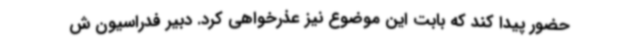
حضور پیدا کند که بابت این موضوع نیز عذرخواهی کرد. دبیر فدراسیون ش